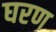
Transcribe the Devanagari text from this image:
घरण